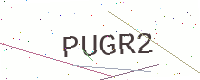
Text: PUGR2